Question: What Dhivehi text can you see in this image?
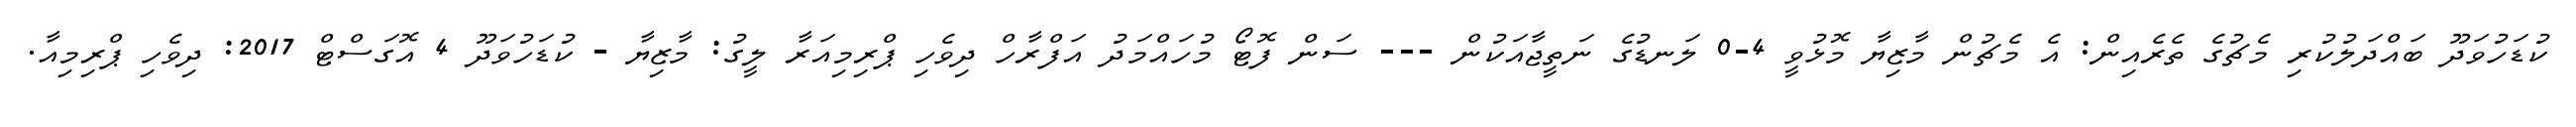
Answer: ކުޑަހުވަދޫ ބައްދަލުކުރި މެޗުގެ ތެރެއިން: އެ މެޗުން މާޒިޔާ މޮޅުވީ 4-0 ލަނޑުގެ ނަތީޖާއަކުން --- ސަން ފޮޓޯ މުހައްމަދު އަފްރާހް ދިވެހި ޕްރިމިއަރާ ލީގު: މާޒިޔާ - ކުޑަހުވަދޫ 4 އޮގަސްޓް 2017: ދިވެހި ޕްރިމިއާ.